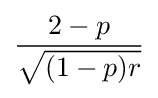
{\frac {2-p}{\sqrt {(1-p)r}}}